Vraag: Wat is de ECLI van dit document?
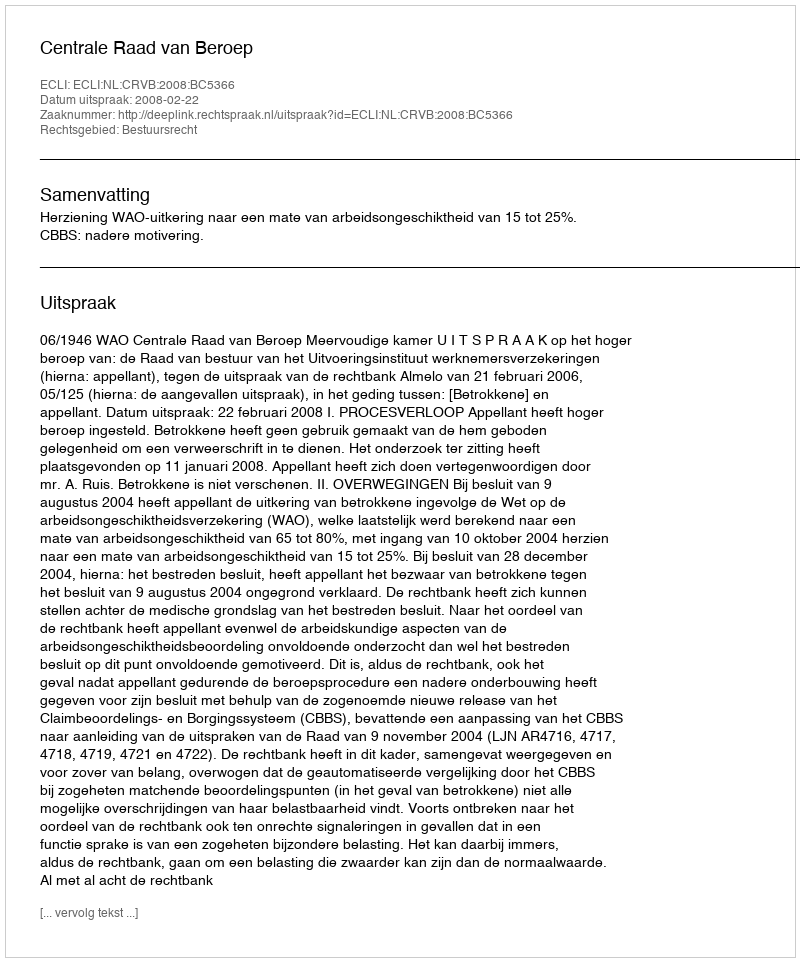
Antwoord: ECLI:NL:CRVB:2008:BC5366